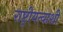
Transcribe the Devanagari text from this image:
राष्ट्रीयत्वाशी